Annual report of the Punjab Veterinary College and of the Civil Veterinary Department, Punjab - 1894-1908
Year: 1894
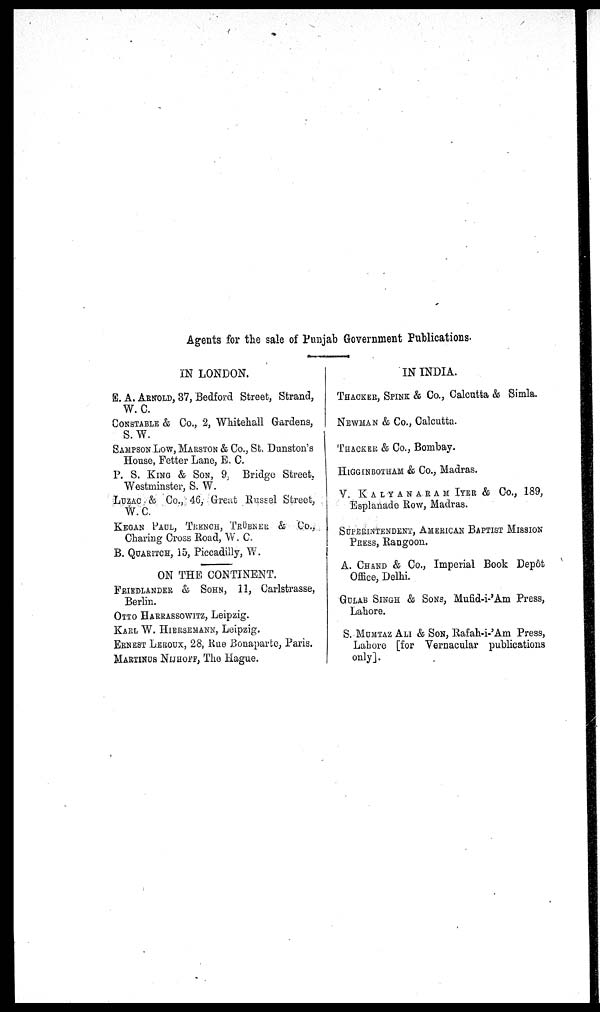
Agents for the sale of Punjab Government Publications.
IN LONDON.
E. A. ARNOLD Bedford Street, Strand,
W. C.
CONSTABLE, 2, Whitehall Gardens,
S. W.
SAMPSON LOE, MARSTON & Co., St. Dunston's
House, Fetter Lane, E. C.
P. S. KING & SON, 9. Bridge Street,
Westminster, S. W.
LUZAC & Co., 46, Great Russel
Street,
W. C.
KEGAN PAUL, TRENCH, TRÜBNER & Co.,
Charing Croos Road, W. C.
B. QUARITCH, 15, Piccadilly,
W.
ON THE CONTINENT.
FRIEDLANDER & SOHN, 11, Carlstrasse,
Berlin.
OTTO HARRASSOWITZ, Leipzig.
KARL W. HIERSEMANN, Leipzig.
ERNEST LEROUX, 28, Rue Bonaparte, Paris.
MARTINUS NIJHOFF, The Hague.
IN INDIA.
THACKER, SPINK & Co., Calcutta & Simla.
NEWMAN & Co., Calcutta.
THACKER & Co., Bombay.
HIGGINBOTHAM & Co., Madras.
V. KALYANARAM IYER & Co., 189,
Esplanado Row, Madras.
SUPERITENDENT, AMERICAN BAPTIST MISSION
PRESS, Rangoon.
A. CHAND & Co., Imperial Book Depôt
Office, Delhi.
GULAB SINGH & SONS, Mufid-i-'Am Press,
Lahore.
S. MUMTAZ ALI & SON, Rafah-i-'Am Press,
Lahore [for Vernacular publications
only].